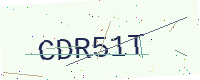
Text: CDR51T